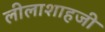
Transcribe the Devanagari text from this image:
लीलाशाहजी